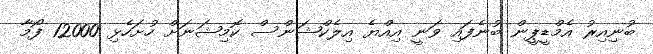
ބުނިއިރު އެމްޑީޕީން ބުނެފައި ވަނީ އިއްޔެ އިލެކްޝަންސް ކޮމިޝަނަށް ހުށަހެޅި 12000 ފޯމާ